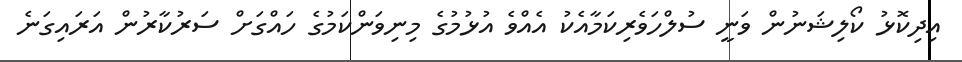
އިދިކޮޅު ކޯލިޝަނުން ވަނީ ސުލްހަވެރިކަމާއެކު އެއްވެ އުޅުމުގެ މިނިވަންކަމުގެ ހައްގަށް ސަރުކާރުން އަރައިގަނެ